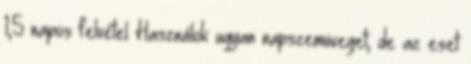
1,5 napos felvétel Használok ugyan napszemüveget, de az eset